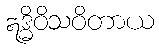
ဣဒ္ဓိဝိသဝိတာယ